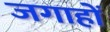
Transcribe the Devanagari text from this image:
जगाहों